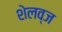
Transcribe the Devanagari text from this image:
शेलव्ज